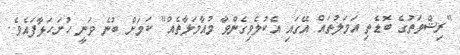
"ރިޝްވަތުގެ ބޮޑެތި އަމަލުތައް އޭގައި އެކުލެވިގެންވާ މުއާމަލާތެއް" ކަމަށް ބުނެ ވަނީ ހުށަހަޅާފައެވެ.